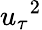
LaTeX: {u_{\tau}}^{2}